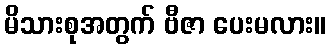
မိသားစုအတွက် ဗီဇာ ပေးမလား။